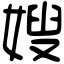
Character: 嫂